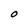
Character: O